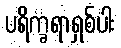
ပရိက္ခရာရှစ်ပါး